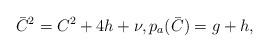
LaTeX: \begin{align*}\bar C^2=C^2+4h+\nu, p_a(\bar C)=g+h,\end{align*}